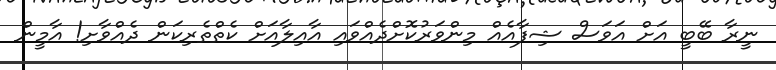
ނީރާ ބޭބީ އަށް އަވަސް ޝިފާއެއް މިންވަރުކޮށްދެއްވައި އާއިލާއަށް ކެތްތެރިކަން ދެއްވާށި! އާމީން